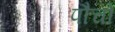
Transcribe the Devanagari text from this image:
पौचों